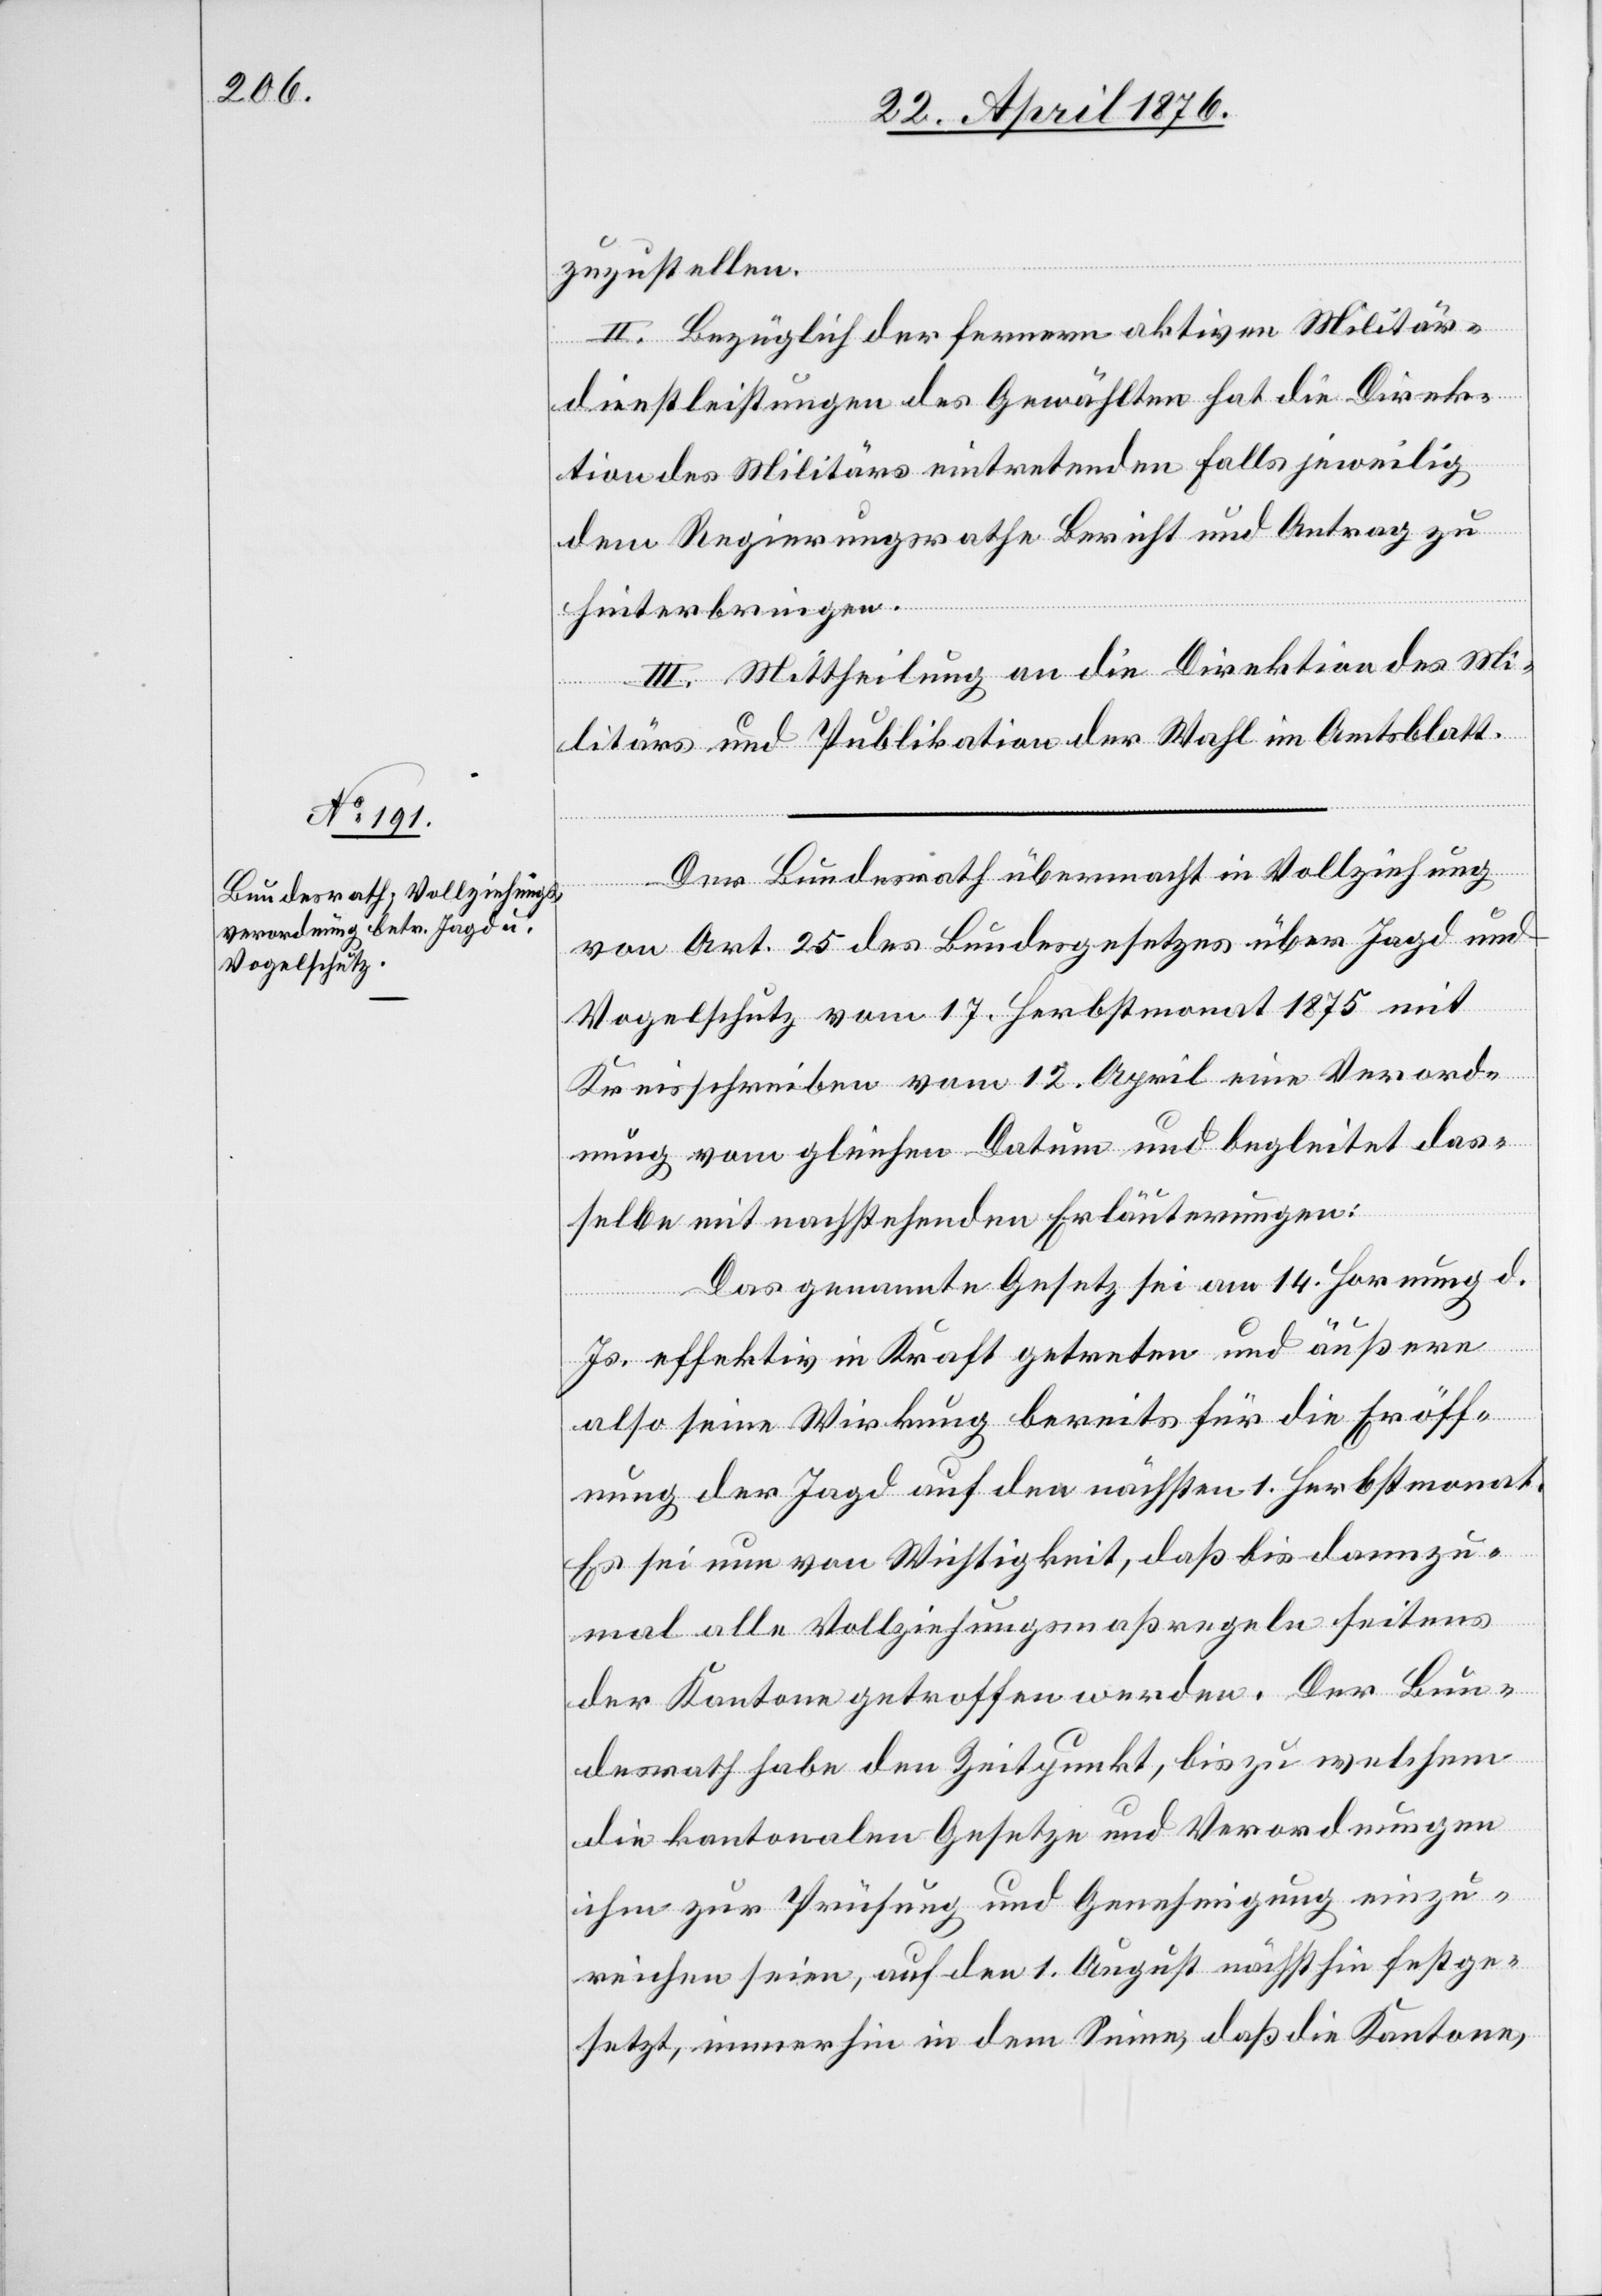
zuzustellen.
II. Bezüglich der fernern aktiven Militär¬
dienstleistungen des Gewählten hat die Direk¬
tion des Militärs eintretenden Falls jeweilig
dem Regierungsrathe Bericht und Antrag zu
hinterbringen.
III. Mittheilung an die Direktion des Mi¬
litärs und Publikation der Wahl im Amtsblatt.
Der Bundesrath übermacht in Vollziehung
von Art. 25 des Bundesgesetzes über Jagd und
Vogelschutz vom 17. Herbstmonat 1875 mit
Kreisschreiben vom 12. April eine Verord¬
nung vom gleichen Datum und begleitet das¬
selbe mit nachstehenden Erläuterungen:
Das genannte Gesetz sei am 14. Hornung d.
Js. effektiv in Kraft getreten und äußere
also seine Wirkung bereits für die Eröff¬
nung der Jagd auf den nächsten 1. Herbstmonat.
Es sei nun von Wichtigkeit, daß bis dannzu¬
mal alle Vollziehungsmaßregeln seitens
der Kantone getroffen werden. Der Bun¬
desrath habe den Zeitpunkt, bis zu welchem
die kantonalen Gesetze und Verordnungen
ihm zur Prüfung und Genehmigung einzu¬
reichen seien, auf den 1. August nächsthin festge¬
setzt, immerhin in dem Sinne, daß die Kantone,